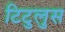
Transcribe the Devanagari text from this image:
टिटुलुस